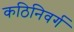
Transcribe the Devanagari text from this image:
कठिनिवर्ग